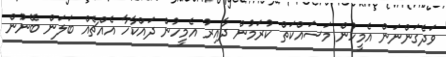
ވަދެގަންނަން އެމީހުން މަސައްކަތް ކުރަމުން ދާއިރު އެމީހުން ދައްކާހާ އެއްޗެއް ބަލަން ބޭނުން